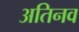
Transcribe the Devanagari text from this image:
अतिनव